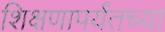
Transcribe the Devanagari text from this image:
शिक्षणापर्यंतच्या